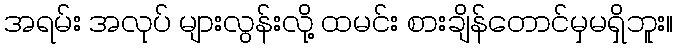
အရမ်း အလုပ် များလွန်းလို့ ထမင်း စားချိန်တောင်မှမရှိဘူး။